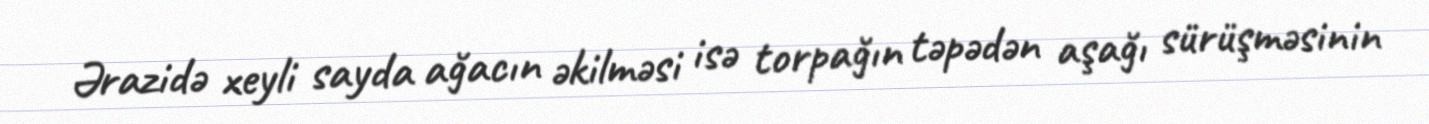
Ərazidə xeyli sayda ağacın əkilməsi isə torpağın təpədən aşağı sürüşməsinin